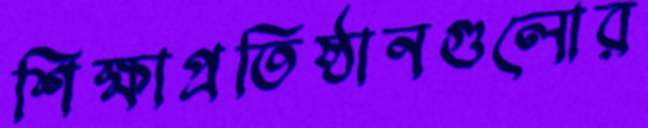
শিক্ষাপ্রতিষ্ঠানগুলোর